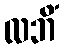
လဘိံ